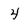
Character: 4